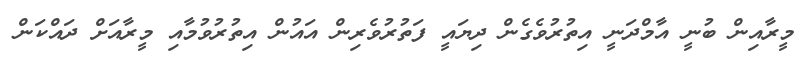
މީރާއިން ބުނީ އާމްދަނީ އިތުރުވެގެން ދިޔައީ ފަތުރުވެރިން އައުން އިތުރުވުމާއި މީރާއަށް ދައްކަން